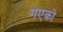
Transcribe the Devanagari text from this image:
गएको